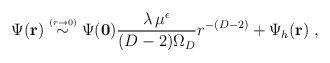
\begin{align*}\Psi ({\bf r})\stackrel{\scriptscriptstyle(r \rightarrow 0)}{\sim}\Psi ({\bf 0})\frac{\lambda \, \mu^{\epsilon} }{ (D-2) \Omega_{D} } r^{-(D-2)}+ \Psi_{h} ({\bf r})\; ,\end{align*}